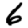
Digit: 6